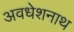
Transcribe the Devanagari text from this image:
अवधेशनाथ